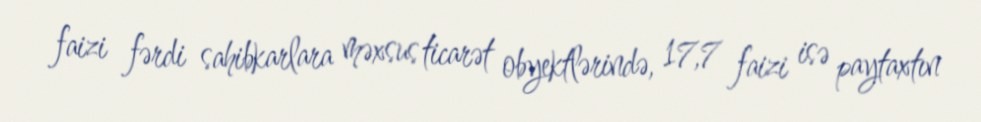
faizi fərdi sahibkarlara məxsus ticarət obyektlərində, 17,7 faizi isə paytaxtın